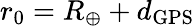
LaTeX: r_{0}=R_{\oplus}+d_{\mathrm{GPS}}